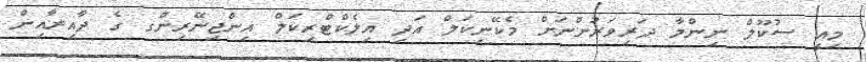
މިއީ ސުކޫލް ނިންމާ ދަރިވަރުންނަށް މެކޭނިކަލް އަދި އިލެކްޓްރިކަލް އިންޖިނޭރިންގ ގެ ދާއިރާއިން